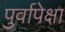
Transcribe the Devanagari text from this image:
पुर्वापेक्षा